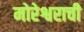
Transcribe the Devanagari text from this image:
मोरेश्वराची